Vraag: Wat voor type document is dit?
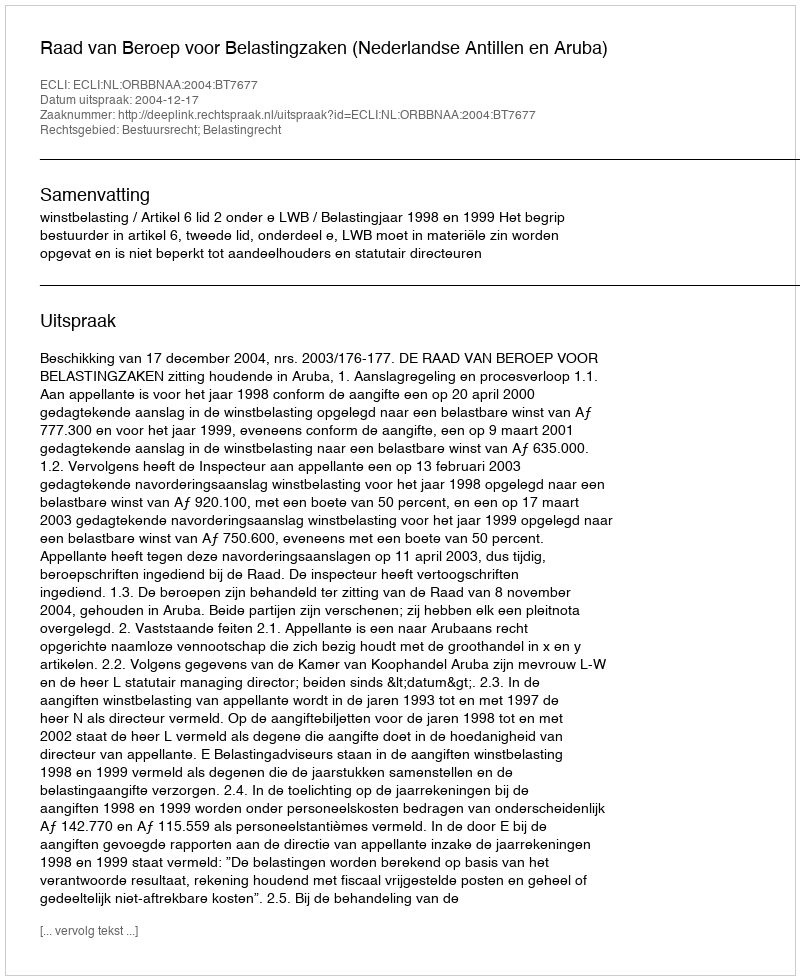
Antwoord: Uitspraak